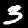
Label: 3